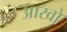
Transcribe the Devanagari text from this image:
आखो